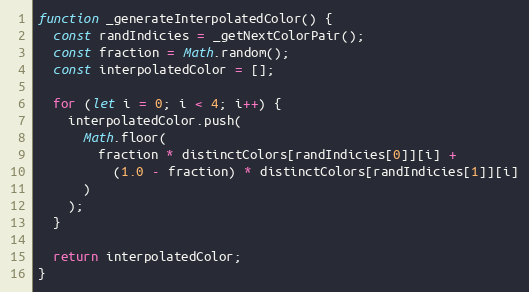
Language: JavaScript
function _generateInterpolatedColor() {
  const randIndicies = _getNextColorPair();
  const fraction = Math.random();
  const interpolatedColor = [];

  for (let i = 0; i < 4; i++) {
    interpolatedColor.push(
      Math.floor(
        fraction * distinctColors[randIndicies[0]][i] +
          (1.0 - fraction) * distinctColors[randIndicies[1]][i]
      )
    );
  }

  return interpolatedColor;
}